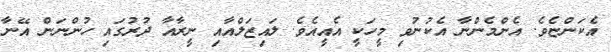
އެކަންޏެވެ. އެންމެންނާ އެކުނުވި މީހަކީ އެއީއެވެ. ލައިޒަލްއާއި ނީރާއާ ދުރުގައި ހުންނަން އޭނާ